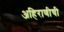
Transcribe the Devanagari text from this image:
अहिराणीची